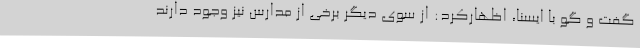
گفت و گو با ایسنا، اظهارکرد: از سوی دیگر برخی از مدارس نیز وجود دارند